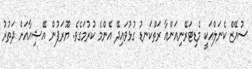
ސުއޭޒް ކެނަލްއަކީ މެޑިޓަރޭނިއަންއާ ރަތްކަނޑު ގުޅުވައިދޭ އެންމެ ކުރުމަގެވެ. ޔޫރަޕުން އޭޝިއާއަށް ދަތުރު